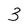
Character: 3